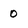
Character: 0